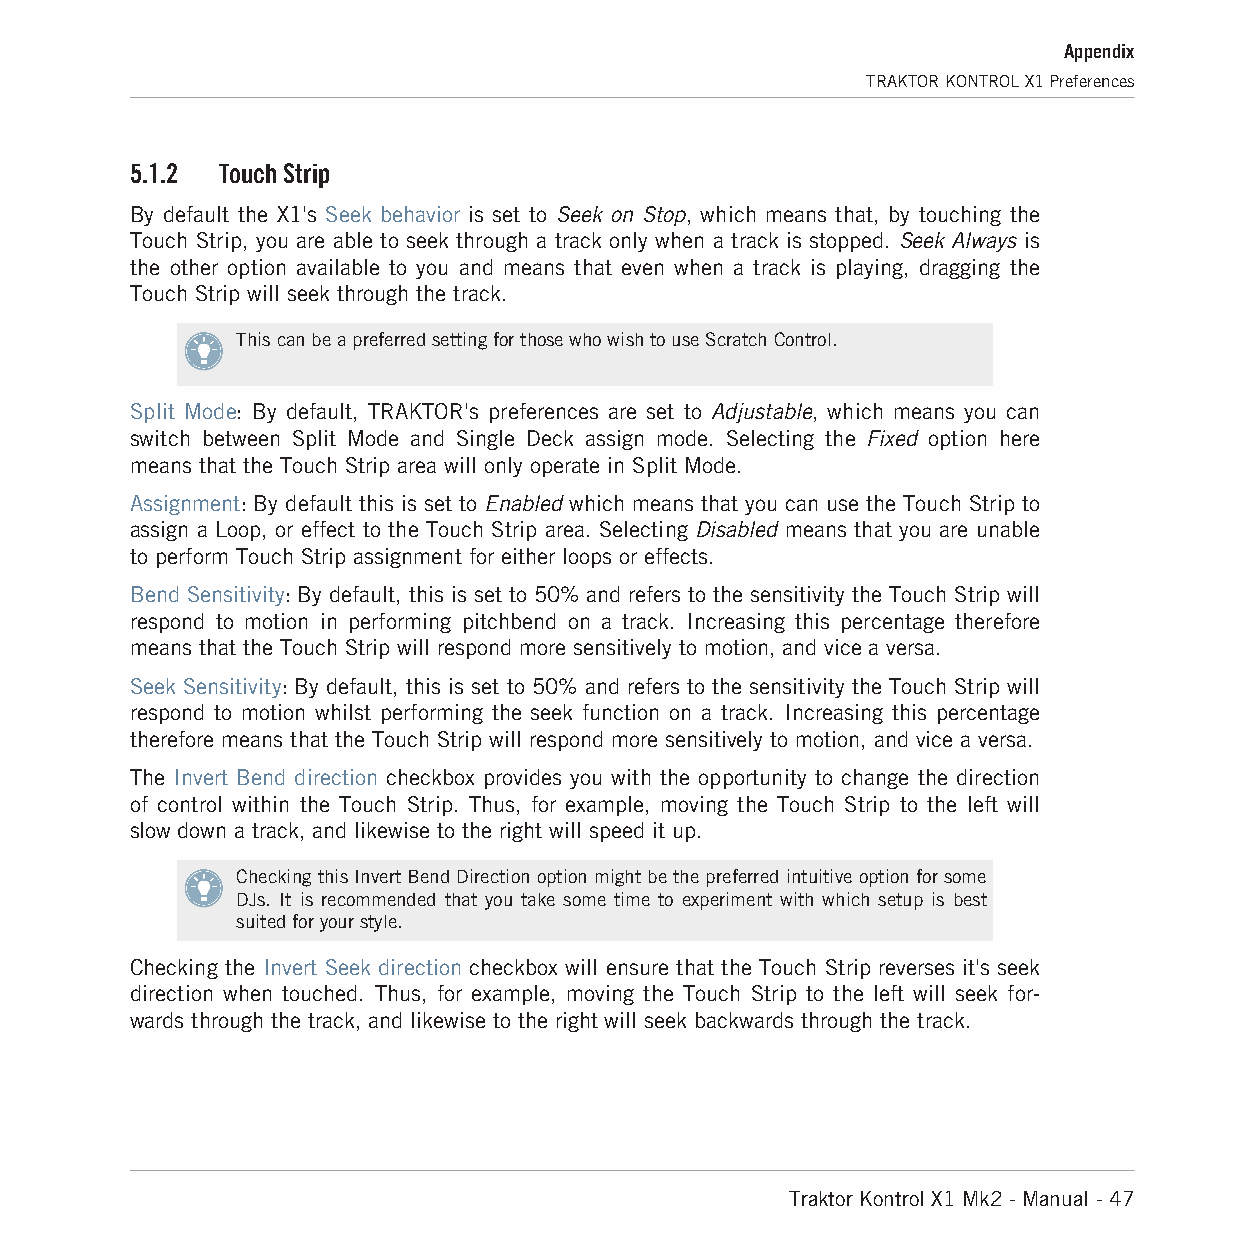
Appendix
 TRAKTOR KONTROL X1 Preferences
 5.1.2 Touch Strip
 By default the X1's Seek behavior is set to Seek on Stop, which means that, by touching the
 Touch Strip, you are able to seek through a track only when a track is stopped. Seek Always is
 the other option available to you and means that even when a track is playing, dragging the
 Touch Strip will seek through the track.
 This can be a preferred setting for those who wish to use Scratch Control.
 Split Mode: By default, TRAKTOR's preferences are set to Adjustable, which means you can
 switch between Split Mode and Single Deck assign mode. Selecting the Fixed option here
 means that the Touch Strip area will only operate in Split Mode.
 Assignment: By default this is set to Enabled which means that you can use the Touch Strip to
 assign a Loop, or effect to the Touch Strip area. Selecting Disabled means that you are unable
 to perform Touch Strip assignment for either loops or effects.
 Bend Sensitivity: By default, this is set to 50% and refers to the sensitivity the Touch Strip will
 respond to motion in performing pitchbend on a track. Increasing this percentage therefore
 means that the Touch Strip will respond more sensitively to motion, and vice a versa.
 Seek Sensitivity: By default, this is set to 50% and refers to the sensitivity the Touch Strip will
 respond to motion whilst performing the seek function on a track. Increasing this percentage
 therefore means that the Touch Strip will respond more sensitively to motion, and vice a versa.
 The Invert Bend direction checkbox provides you with the opportunity to change the direction
 of control within the Touch Strip. Thus, for example, moving the Touch Strip to the left will
 slow down a track, and likewise to the right will speed it up.
 Checking this Invert Bend Direction option might be the preferred intuitive option for some
 DJs. It is recommended that you take some time to experiment with which setup is best
 suited for your style.
 Checking the Invert Seek direction checkbox will ensure that the Touch Strip reverses it's seek
 direction when touched. Thus, for example, moving the Touch Strip to the left will seek for-
 wards through the track, and likewise to the right will seek backwards through the track.
 Traktor Kontrol X1 Mk2 - Manual - 47